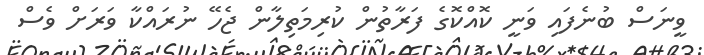
ވީނަސް ބުނެފައި ވަނީ ކޮއްކޮގެ ފަރާތުން ކުރިމަތިލާން ޖެހޭ ނުރައްކާ ވަރަށް ވެސް